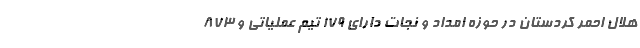
هلال احمر کردستان در حوزه امداد و نجات دارای ۱۷۹ تیم عملیاتی و ۸۷۳